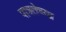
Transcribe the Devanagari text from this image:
पात्रतेच्या